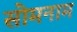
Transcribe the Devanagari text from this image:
सोमनाम